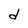
Character: d